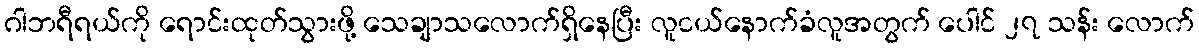
ဂါဘရီရယ်ကို ရောင်းထုတ်သွားဖို့ သေချာသလောက်ရှိနေပြီး လူငယ်နောက်ခံလူအတွက် ပေါင် ၂၇ သန်း လောက်